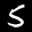
Label: 5